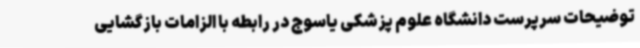
توضیحات سرپرست دانشگاه علوم پزشکی یاسوج در رابطه با الزامات بازگشایی